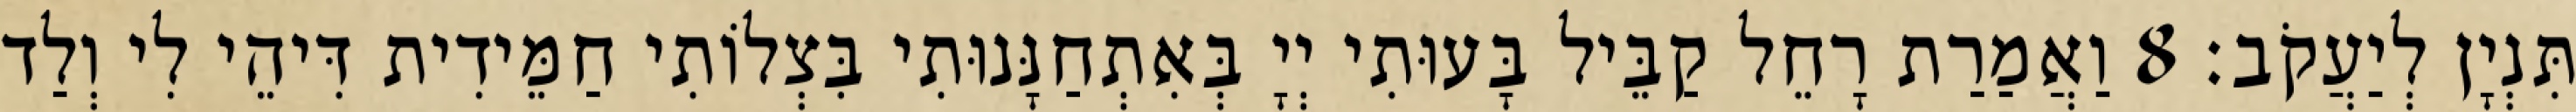
תִּנְיָן לְיַעֲקֹב׃ 8 וַאֲמַרַת רָחֵל קַבֵּיל בָּעוּתִי יְיָ בְּאִתְחַנָּנוּתִי בִּצְלוֹתִי חַמֵּידִית דִּיהֵי לִי וְלַד